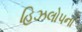
હિઝલોપના